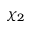
\chi _ { 2 }